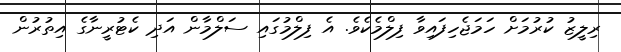
ރިލީޒު ކުރުމަށް ހަމަޖެހިފައިވާ ފިލްމެކެވެ. އެ ފިލްމުގައި ސަލްމާން އަދި ކެޓުރީނާގެ އިތުރުން